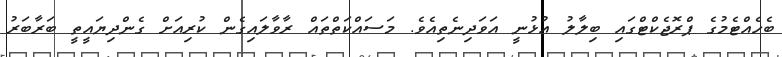
ބެހެއްޓެމުގެ ޕްރޮޖެކްޓްގައި ބިލާލު އުޅުނީ އަވަދިނެތިއެވެ. މަސައްކަތްތައް ރާވާލައިގެން ކުރިއަށް ގެންދިޔައީތީ ބަރާބަރު